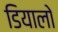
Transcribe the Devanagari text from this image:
डियालो